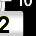
Digit: 2